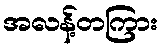
အလန့်တကြား